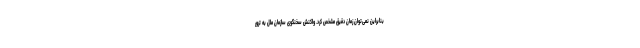
بنابراین نمی‌توان زمان دقیق مشخص کرد. واکنش سخنگوی سازمان ملل به ترور